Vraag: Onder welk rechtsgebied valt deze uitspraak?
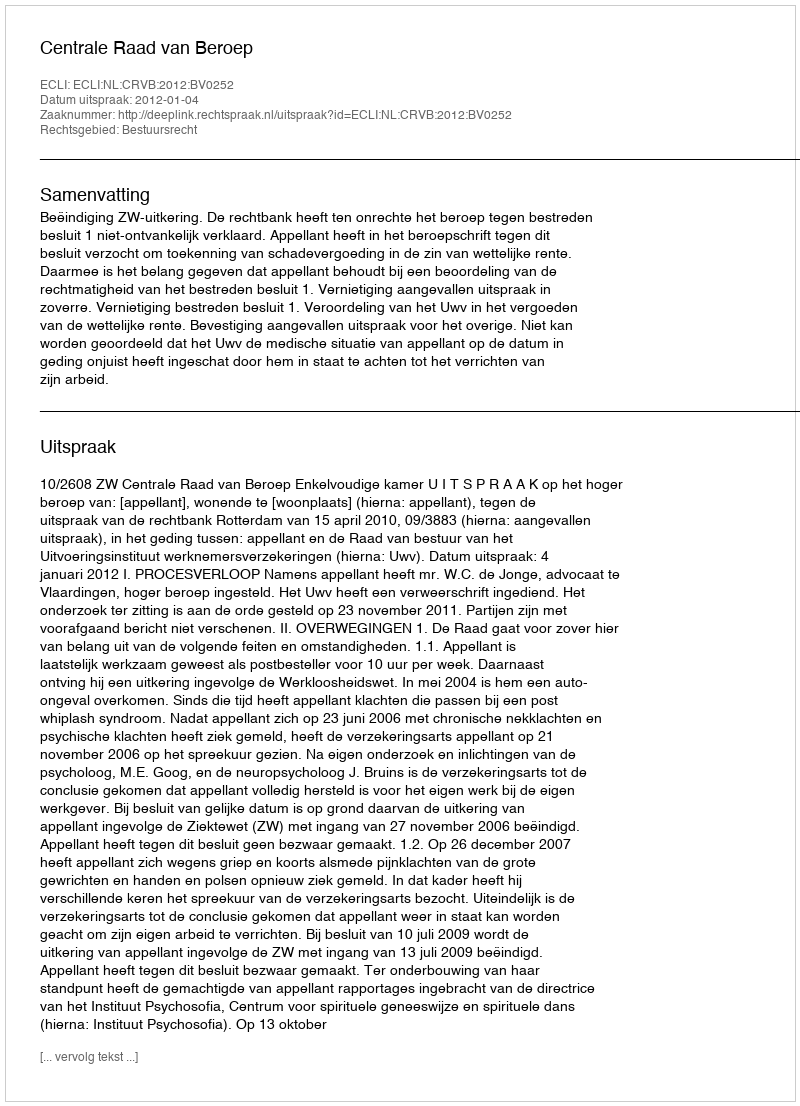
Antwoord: Bestuursrecht